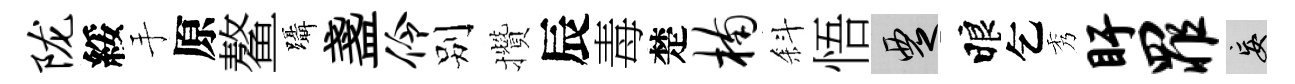
陇綏手原鳌躡盞伶别攢辰毒楚楠斜悟覂睱乞秀盱罪妄